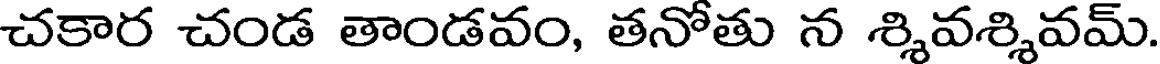
చకార చండ తాండవం, తనోతు న శ్శివశ్శివమ్